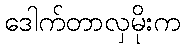
ဒေါက်တာလှမိုးက